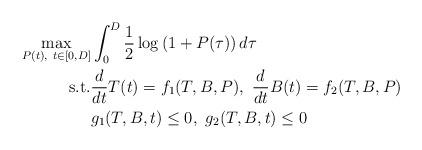
LaTeX: \begin{align*}\max_{P(t), \ t \in [0,D]} &\int_0^D \frac{1}{2}\log\left(1 + P(\tau)\right)d\tau \\ \mbox{s.t.} &\frac{d}{dt}T(t) = f_1(T,B,P), \ \frac{d}{dt}B(t)= f_2(T,B,P) \\& g_1(T,B,t) \leq 0, \ g_2(T,B,t) \leq 0 \end{align*}